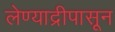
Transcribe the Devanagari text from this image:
लेण्याद्रीपासून